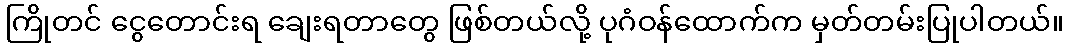
ကြိုတင် ငွေတောင်းရ ချေးရတာတွေ ဖြစ်တယ်လို့ ပုဂံဝန်ထောက်က မှတ်တမ်းပြုပါတယ်။